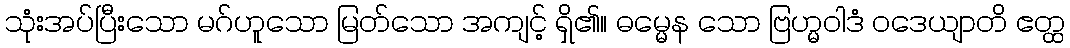
သုံးအပ်ပြီးသော မဂ်ဟူသော မြတ်သော အကျင့် ရှိ၏။ ဓမ္မေန သော ဗြဟ္မဝါဒံ ဝဒေယျာတိ ဧတ္ထ